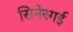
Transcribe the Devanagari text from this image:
सिनेरगई